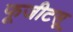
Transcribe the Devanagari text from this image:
फूजीटसू